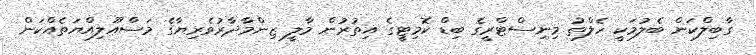
ގާބިލްކަން ބެލުމަކީ ހެލްތު މިނިސްޓްރީގެ ބިޑް ކޮމިޓީގެ އިތުރުން މާލީ ޒިންމާދާރުވެރިޔާގެ މަސްއޫލިއްޔަތެއްކަން